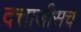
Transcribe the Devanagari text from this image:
दत्ताजीसच